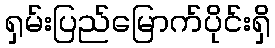
ရှမ်းပြည်မြောက်ပိုင်းရှိ